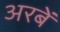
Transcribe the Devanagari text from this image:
अरबें